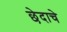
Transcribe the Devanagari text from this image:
छेदाचे